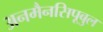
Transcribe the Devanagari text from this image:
अनमैनसिपूबुल